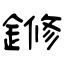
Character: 鎀